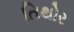
તિથોર